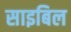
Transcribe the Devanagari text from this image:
साइबिल